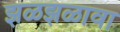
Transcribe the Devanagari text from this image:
झळझळावा